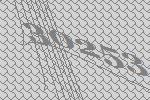
30253